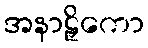
အနာဠှိကော